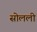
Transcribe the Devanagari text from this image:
सोलली